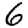
Digit: 6